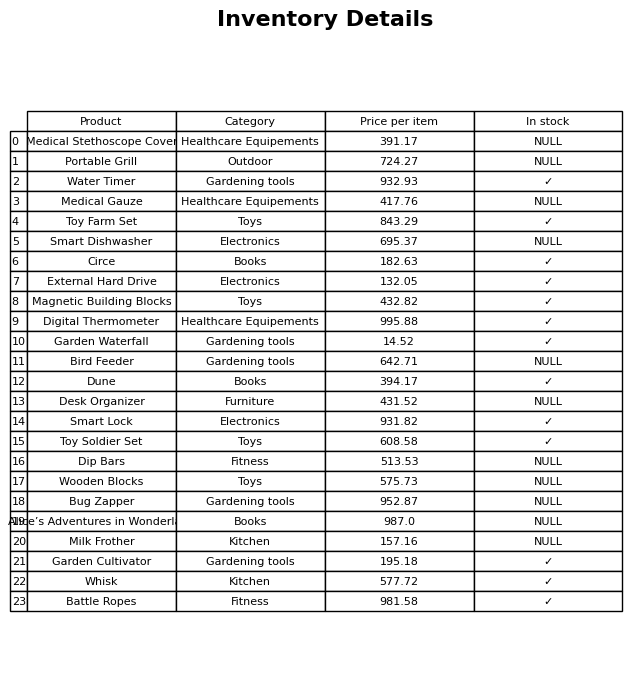
question: What is the price for Dune?
answer: The price of Dune is 394.17.